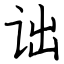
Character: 诎